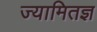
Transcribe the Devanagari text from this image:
ज्यामितज्ञ